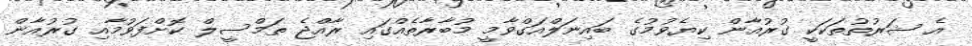
އެ ޝަރުތުތަކަކީ ގުރުއާން ކިޔެވުމުގެ ބައިނަލްއަގްވާމީ މުބާރާތެއްގައި ރާއްޖެ ތަމްސީލް ކޮށްފަވުމާއި ގުރުއާން